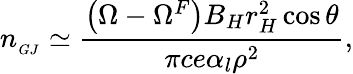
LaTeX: n_{_{GJ}}\simeq\frac{\left(\Omega-\Omega^{F}\right)B_{H}r_{H}^{2}\cos\theta}{\pi ce\alpha_{l}\rho^{2}},